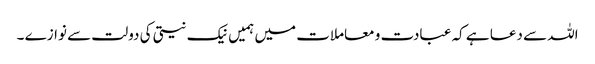
اللہ سے دعا ہے کہ عبادت و معاملات میں ہمیں نیک نیتی کی دولت سے نوازے ۔